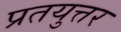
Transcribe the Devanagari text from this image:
प्रतयुत्तर